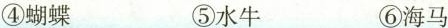
④蝴蝶 ⑤水牛 ⑥海马